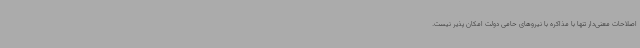
اصلاحات معنی‌دار تنها با مذاکره با نیروهای حامی دولت امکان پذیر نیست.